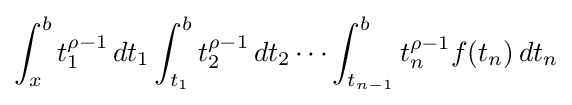
\int _{x}^{b}t_{1}^{\rho -1}\,dt_{1}\int _{t_{1}}^{b}t_{2}^{\rho -1}\,dt_{2}\cdots \int _{t_{n-1}}^{b}t_{n}^{\rho -1}f(t_{n})\,dt_{n}